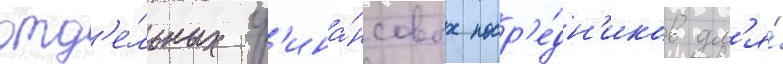
отд'е́льных ф'ина́нсовых поср'е́дн'иков дл'я́